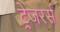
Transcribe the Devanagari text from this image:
ट्रेजरर्स